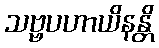
သဗ္ဗပဟာယိနန္တိ